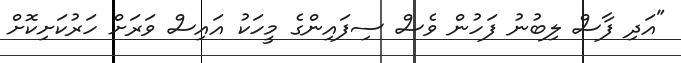
"އަދި ފާސް ލިބުނު ފަހުން ވެސް ސިފައިންގެ މީހަކު އައިސް ވަރަށް ހަރުކަށިކޮށް